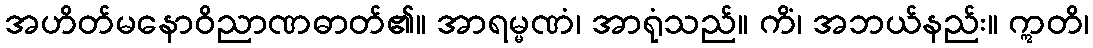
အဟိတ်မနောဝိညာဏဓာတ်၏။ အာရမ္မဏံ၊ အာရုံသည်။ ကိံ၊ အဘယ်နည်း။ ဣတိ၊